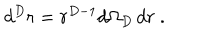
LaTeX: d ^ { { D } } r = r ^ { { D } - 1 } d \Omega _ { { D } } \, d r \; .